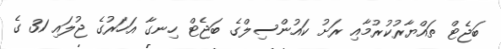
ބަޖެޓް ތައްޔާރުކުރުމާއި ރަށު ކައުންސިލްގެ ބަޖެޓް ހިނގާ އަހަރުގެ ޖުލައި 31 ގެ